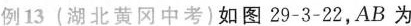
例13(湖北黄冈中考)如图29-3-22，AB为